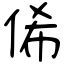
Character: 俙